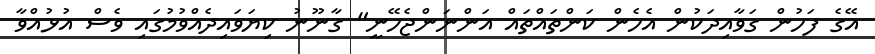
އޭގެ ފަހުން ގަވާއިދަކުން އެހެން ކަންތައްތައް އަންނަންޖެހޭނީ" ގާނޫނު ކިޔަވައިދެއްވުމުގައި ވެސް އުޅުއްވާ